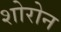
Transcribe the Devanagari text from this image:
शोरोन